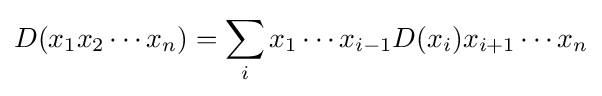
D(x_{1}x_{2}\cdots x_{n})=\sum _{i}x_{1}\cdots x_{i-1}D(x_{i})x_{i+1}\cdots x_{n}